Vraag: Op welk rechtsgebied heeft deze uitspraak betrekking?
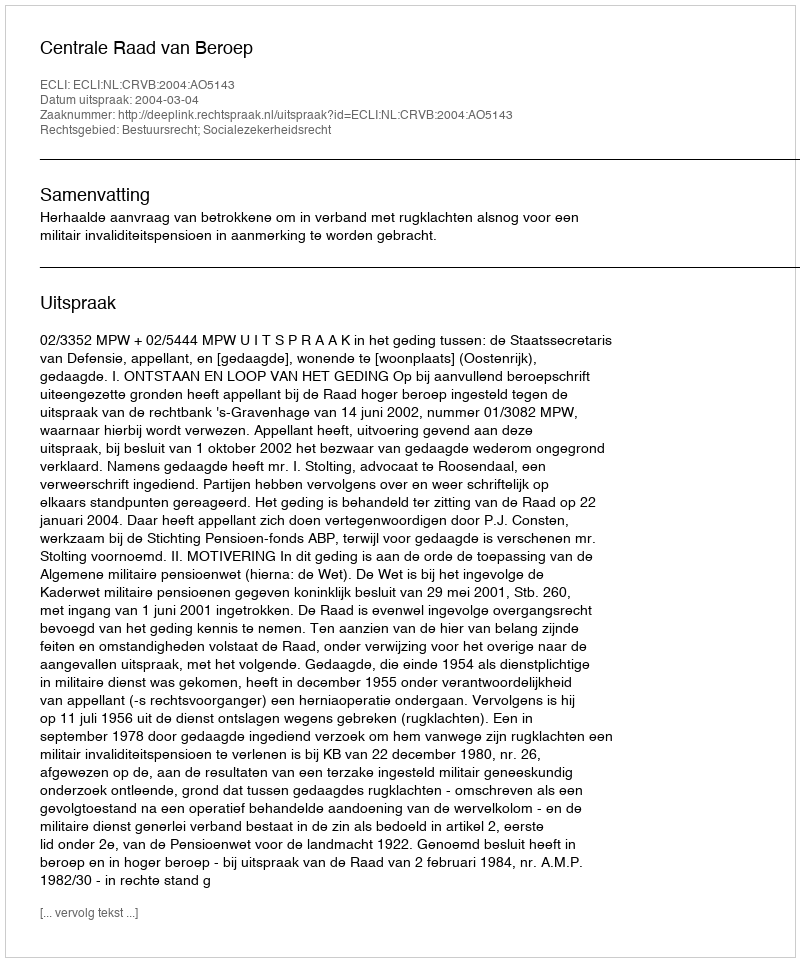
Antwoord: Bestuursrecht; Socialezekerheidsrecht